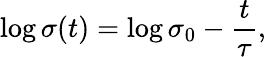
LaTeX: \log{\sigma(t)}=\log{\sigma_{0}}-\frac{t}{\tau},